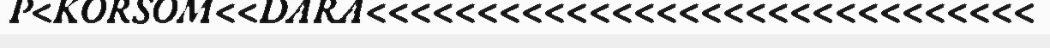
P<KORSOM<<DARA<<<<<<<<<<<<<<<<<<<<<<<<<<<<<<